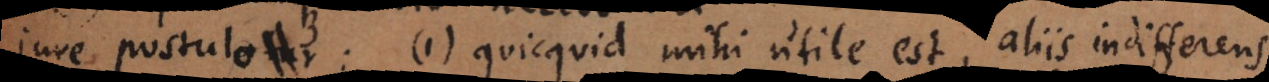
postulo: 1) quicquid mihi utile est, aliis indifferens